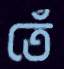
তেঁ